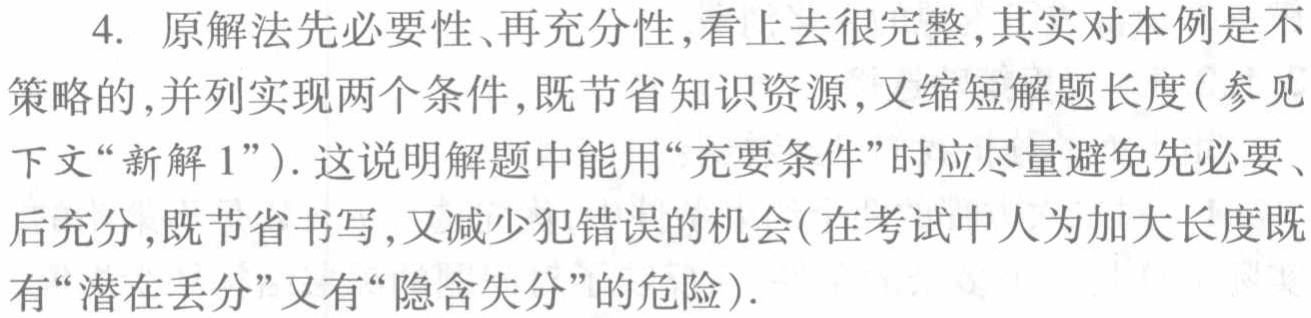
4. 原解法先必要性、再充分性,看上去很完整,其实对本例是不
策略的,并列实现两个条件,既节省知识资源,又缩短解题长度(参见
下文“新解1”). 这说明解题中能用“充要条件”时应尽量避免先必要、
后充分,既节省书写,又减少犯错误的机会(在考试中人为加大长度既
有“潜在丢分”又有“隐含失分”的危险).